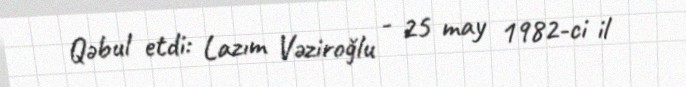
Qəbul etdi: Lazım Vəziroğlu - 25 may 1982-ci il